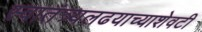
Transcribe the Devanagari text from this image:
स्वातंत्र्यलढयाच्याशेवटी